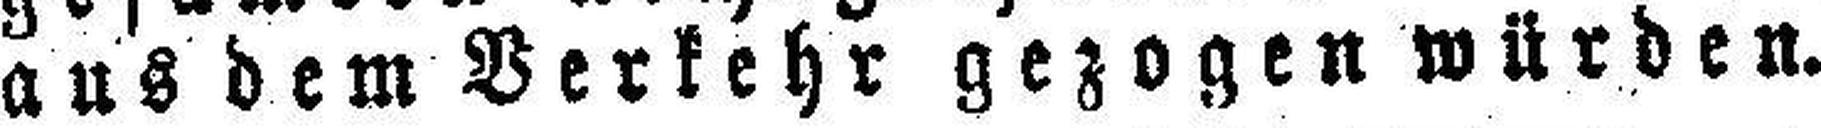
ans dem Verkehr gezogen würden.